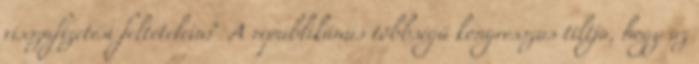
visszafizetési feltételein? A republikánus többségű kongresszus tiltja, hogy az